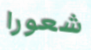
شعورا